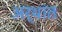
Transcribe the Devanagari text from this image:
अर्थांत